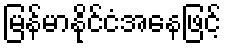
မြန်မာနိုင်ငံအနေဖြင့်